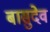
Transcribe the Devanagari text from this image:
बासुदेव